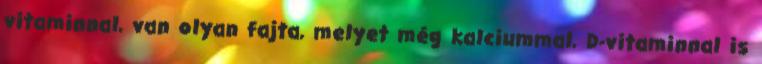
vitaminnal, van olyan fajta, melyet még kalciummal, D-vitaminnal is